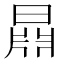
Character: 𣉦